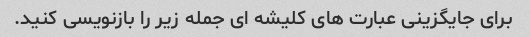
برای جایگزینی عبارت های کلیشه ای جمله زیر را بازنویسی کنید.